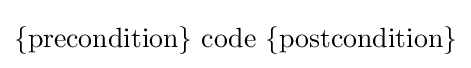
\{\mathrm {precondition} \}\ \mathrm {code} \ \{\mathrm {postcondition} \}